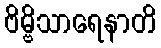
ဗိမ္ဗိသာရေနာတိ